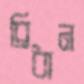
ব্রিধান